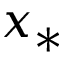
x _ { * }